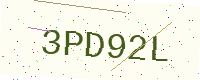
Text: 3PD92L